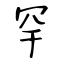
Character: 罕